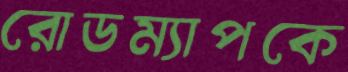
রোডম্যাপকে